Leprosy in India: report of the Leprosy Commission in India, 1890-91
Year: 1890
Disease focus: Leprosy
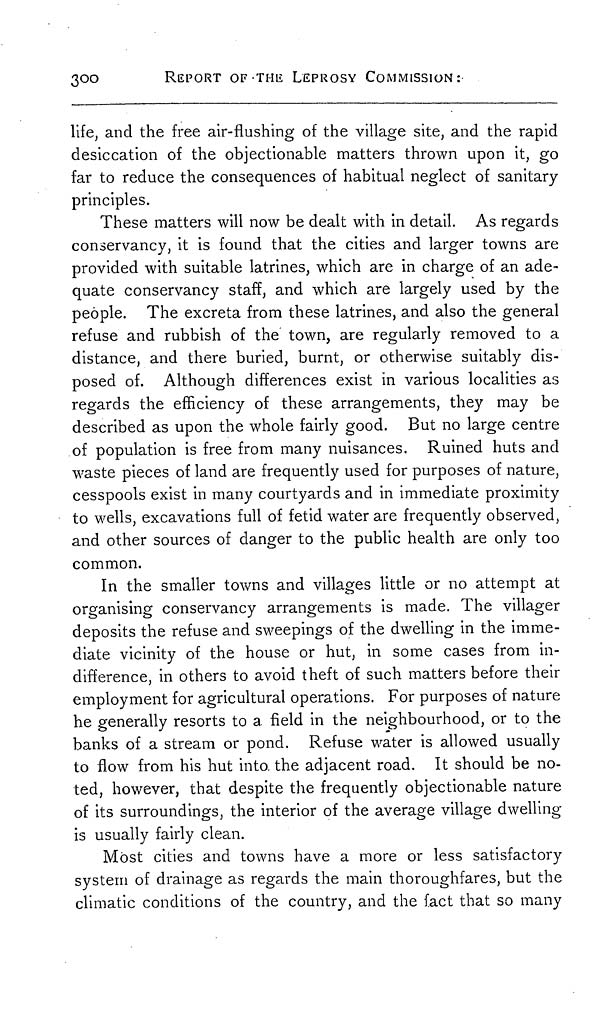
300
REPORT OF THE LEPROSY COMMISSION:
life, and the free air-flushing of the village site, and the rapid
desiccation of the objectionable matters thrown upon it, go
far to reduce the consequences of habitual neglect of sanitary
principles.
These matters will now be dealt with in detail. As regards
conservancy, it is found that the cities and larger towns are
provided with suitable latrines, which are in charge of an ade-
quate conservancy staff, and which are largely used by the
people. The excreta from these latrines, and also the general
refuse and rubbish of the town, are regularly removed to a
distance, and there buried, burnt, or otherwise suitably dis-
posed of. Although differences exist in various localities as
regards the efficiency of these arrangements, they may be
described as upon the whole fairly good. But no large centre
of population is free from many nuisances. Ruined huts and
waste pieces of land are frequently used for purposes of nature,
cesspools exist in many courtyards and in immediate proximity
to wells, excavations full of fetid water are frequently observed,
and other sources of danger to the public health are only too
common.
In the smaller towns and villages little or no attempt at
organising conservancy arrangements is made. The villager
deposits the refuse and sweepings of the dwelling in the imme-
diate vicinity of the house or hut, in some cases from in-
difference, in others to avoid theft of such matters before their
employment for agricultural operations. For purposes of nature
he generally resorts to a field in the neighbourhood, or to the
banks of a stream or pond. Refuse water is allowed usually
to flow from his hut into the adjacent road. It should be no-
ted, however, that despite the frequently objectionable nature
of its surroundings, the interior of the average village dwelling
is usually fairly clean.
Most cities and towns have a more or less satisfactory
system of drainage as regards the main thoroughfares, but the
climatic conditions of the country, and the fact that so many